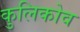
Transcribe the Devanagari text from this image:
कुलिकोव